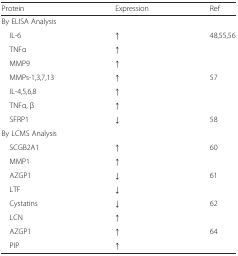
<table><thead><tr><td><b>Protein</b></td><td><b>Expression</b></td><td><b>Ref</b></td></tr></thead><tbody><tr><td colspan="3">By ELISA Analysis</td></tr><tr><td> IL-6</td><td>↑</td><td rowspan="3">48,55,56</td></tr><tr><td> TNFα</td><td>↑</td></tr><tr><td> MMP9</td><td>↑</td></tr><tr><td> MMPs-1,3,7,13</td><td>↑</td><td rowspan="3">57</td></tr><tr><td> IL-4,5,6,8</td><td>↑</td></tr><tr><td> TNFα, β</td><td>↑</td></tr><tr><td> SFRP1</td><td>↓</td><td>58</td></tr><tr><td colspan="3">By LCMS Analysis</td></tr><tr><td> SCGB2A1</td><td>↑</td><td rowspan="2">60</td></tr><tr><td> MMP1</td><td>↑</td></tr><tr><td> AZGP1</td><td>↓</td><td rowspan="2">61</td></tr><tr><td> LTF</td><td>↓</td></tr><tr><td> Cystatins</td><td>↓</td><td rowspan="2">62</td></tr><tr><td> LCN</td><td>↑</td></tr><tr><td> AZGP1</td><td>↑</td><td rowspan="2">64</td></tr><tr><td> PIP</td><td>↑</td></tr></tbody></table>